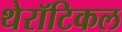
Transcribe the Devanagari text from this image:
थेरॉटिकल